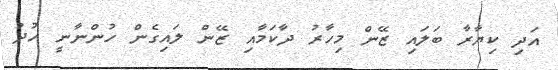
އަދި ކިޔާރާ ބަލައި ޒޭން މިހާރު ދާކަމާއި ޒޭން ލައިގެން ހުންނާނީ ހުދު